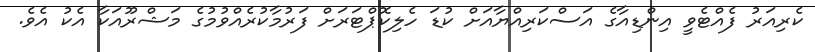
ކެރިއަރު ފެއްޓެވީ އިންޑިއާގެ އަސްކަރިއްޔާއަށް ކުޑަ ހެލިކޮޕްޓަރަށް ފަރުމާކުރެއްވުމުގެ މަޝްރޫއަކާ އެކު އެވެ.